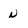
Character: n